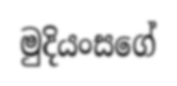
මුදියංසගේ